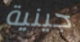
جينية